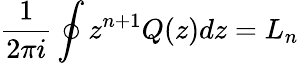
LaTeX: \frac{1}{2\pi i}\oint z^{n+1}Q(z)dz=L_{n}